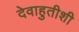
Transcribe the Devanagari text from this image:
देवाहुतीशी